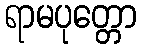
ရာမပုတ္တော